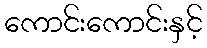
ကောင်းကောင်းနှင့်